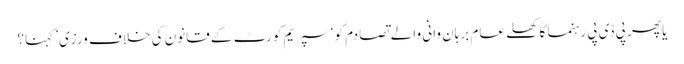
یا پھر پی ڈی پی رہنما کا کھلے عام برہان وانی والے تصادم کو ‘سپریم کورٹ کے قانون کی خلاف ورزی’ کہنا؟